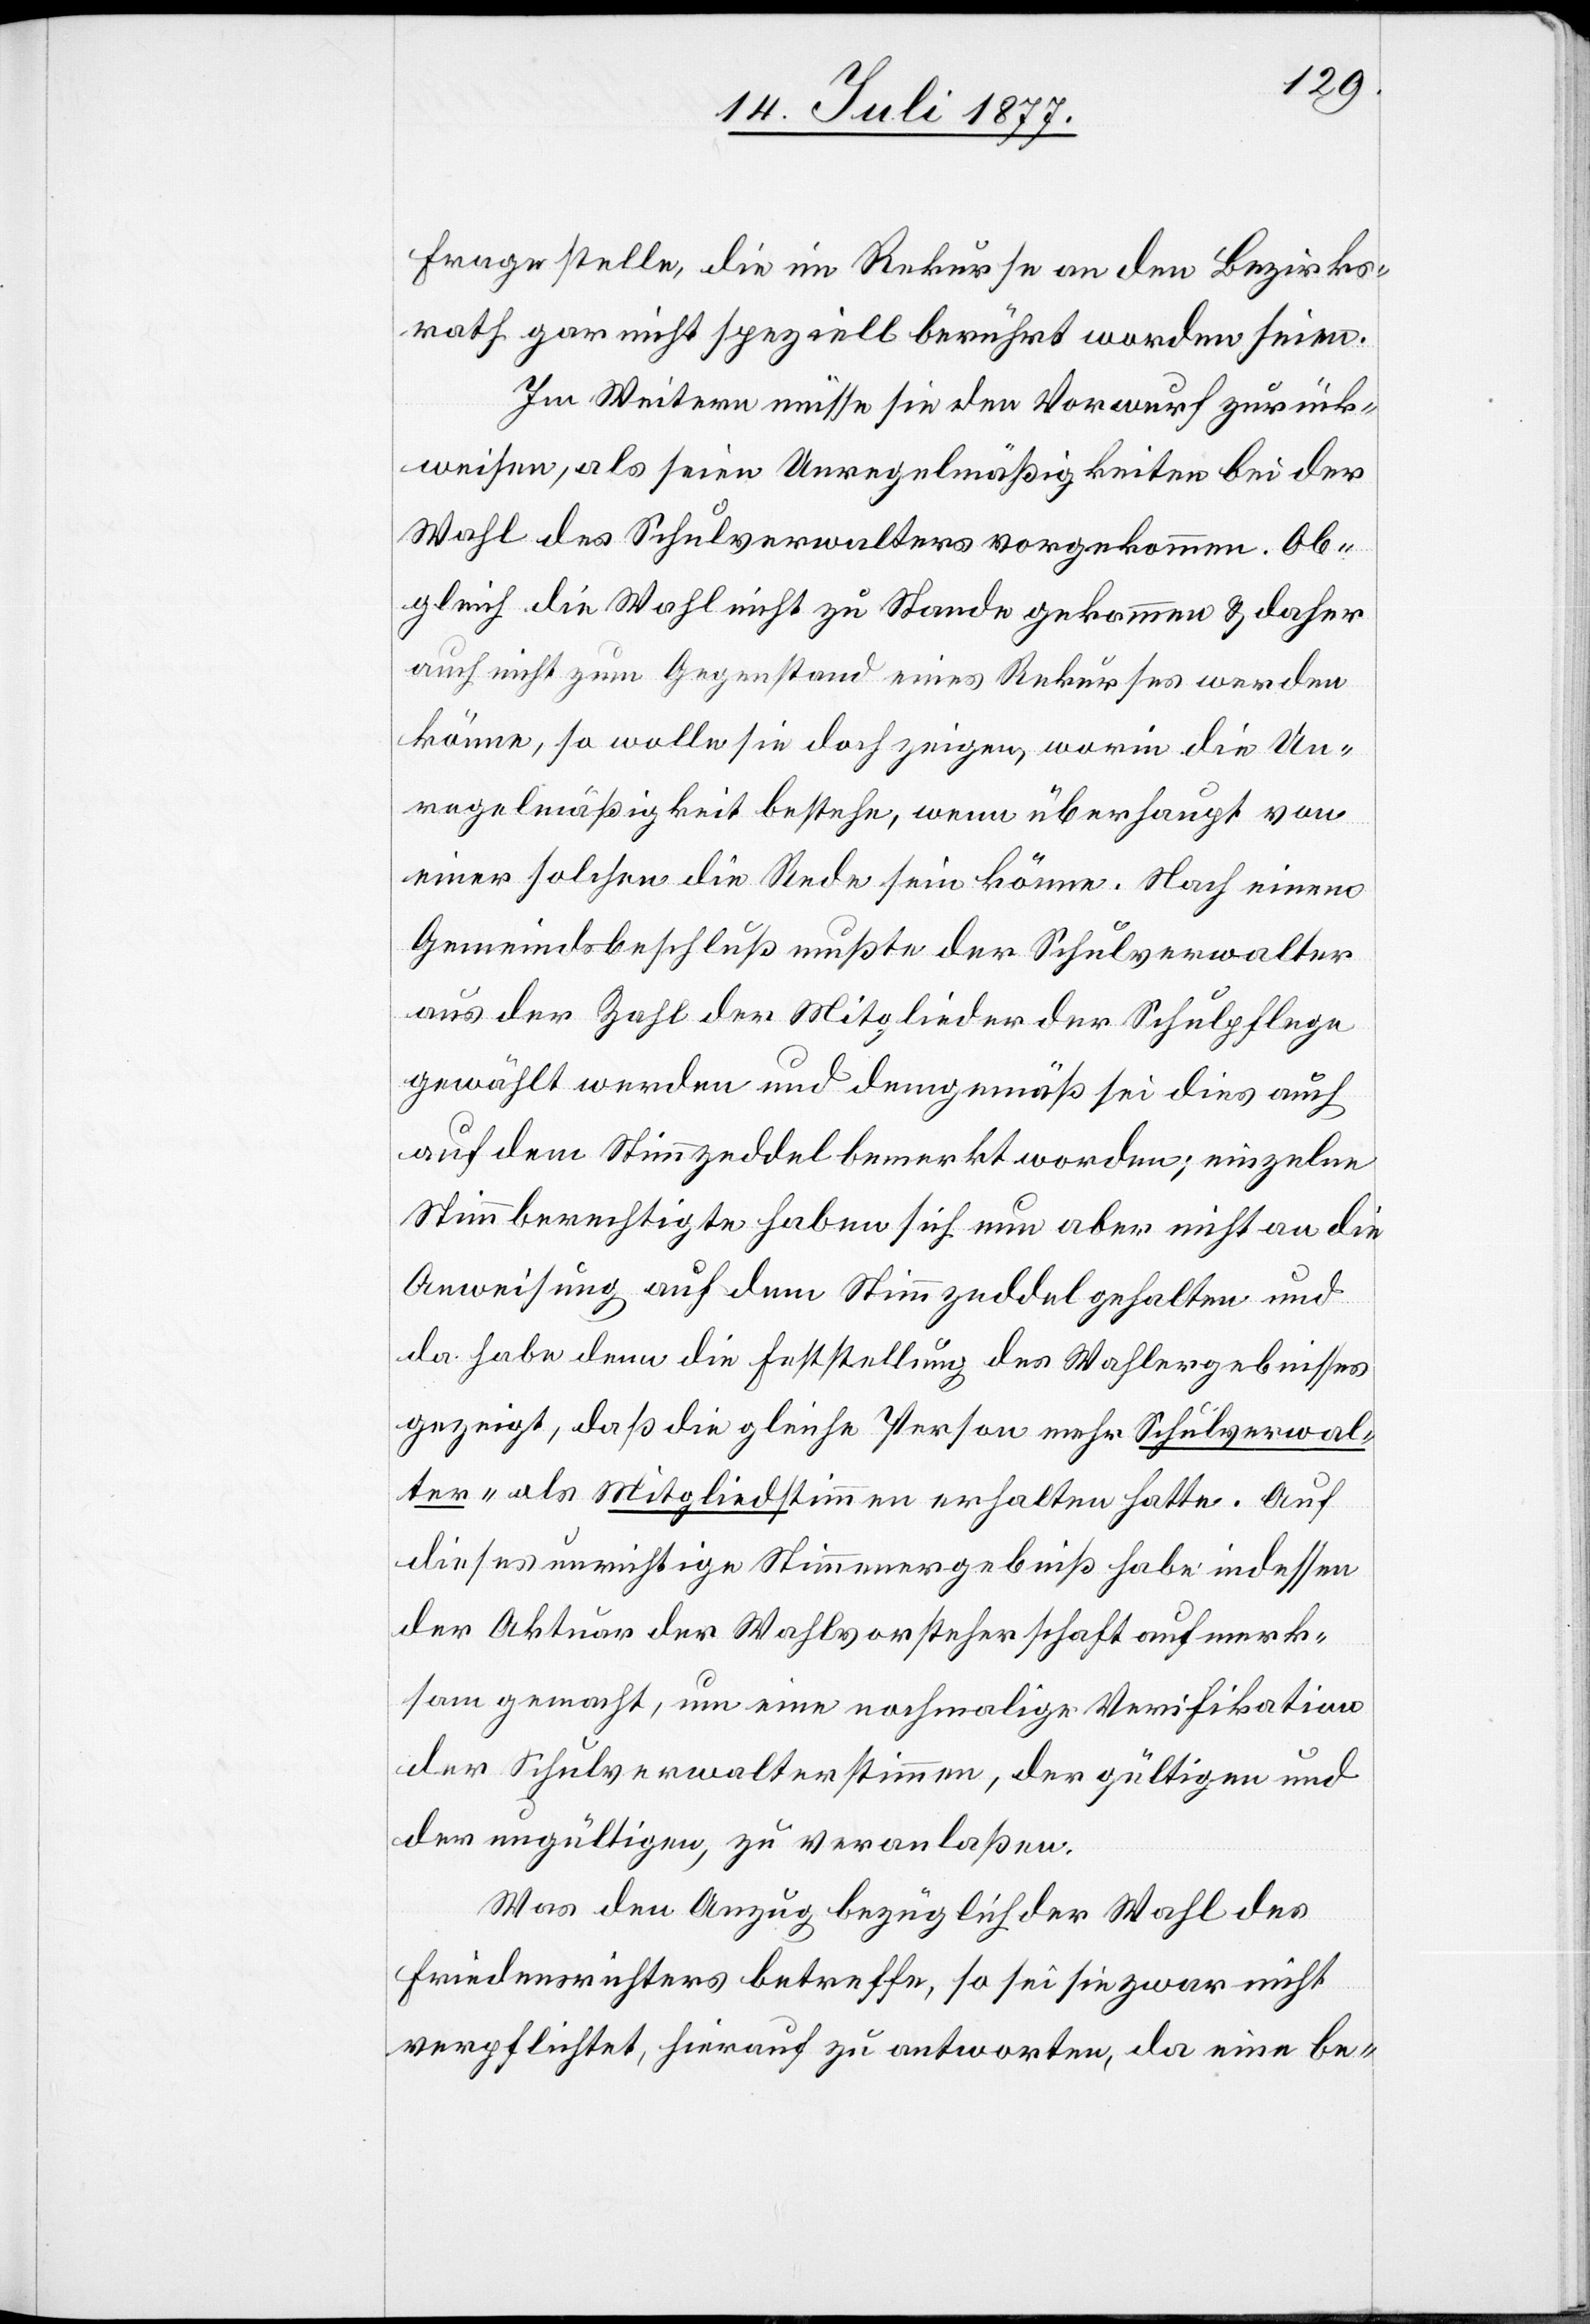
Frage stelle, die im Rekurse an den Bezirks¬
rath gar nicht speziell berührt worden seien.
Im Weitern müsse sie den Vorwurf zurück¬
weisen, als seien Unregelmäßigkeiten bei der
Wahl des Schulverwalters vorgekommen. Ob¬
gleich die Wahl nicht zu Stande gekommen & daher
auch nicht zum Gegenstand eines Rekurses werden
könne, so wolle sie doch zeigen, worin die Un¬
regelmäßigkeit bestehe, wenn überhaupt von
einer solchen die Rede sein könne. Nach einem
Gemeindsbeschluß mußte der Schulverwalter
aus der Zahl der Mitglieder der Schulpflege
gewählt werden und demgemäß sei dies auch
auf dem Stimmzeddel bemerkt worden; einzelne
Stimmberechtigte haben sich nun aber nicht an die
Anweisung auf dem Stimmzeddel gehalten und
da habe denn die Feststellung des Wahlergebnisses
gezeigt, daß die gleiche Person mehr Schulverwal¬
ter- als Mitgliedstimmen erhalten hatte. Auf
dieses unrichtige Stimmenergebniß habe indessen
der Aktuar der Wahlvorsteherschaft aufmerk¬
sam gemacht, um eine nochmalige Verifikation
der Schulverwalterstimmen, der gültigen und
der ungültigen, zu veranlaßen.
Was den Anzug bezüglich der Wahl des
Friedensrichters betreffe, so sei sie zwar nicht
verpflichtet, hierauf zu antworten, da eine be-